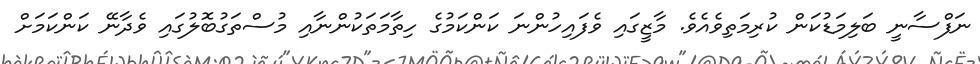
ނަފްސާނީ ބަލިމަޑުކަން ކުރިމަތިވެއެވެ. މާޒީގައި ވެފައިހުންނަ ކަންކަމުގެ ހިތާމަތަކުންނާއި މުސްތަގުބޮލުގައި ވެދާނޭ ކަންކަމަށް